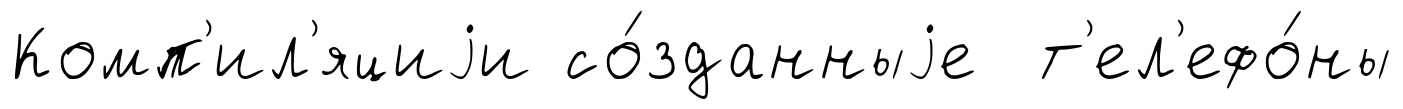
Комп'ил'яциjи со́зданныjе т'ел'ефо́ны